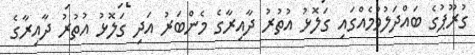
ގުރޫޕުގެ ބައްދަލުވުމެއްގައި ގަލޮޅު އުތުރު ދާއިރާގެ މެންބަރު އަދި ގަލޮޅު އުތުރު ދާއިރާގެ